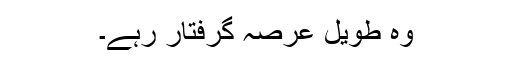
وہ طویل عرصہ گرفتار رہے۔